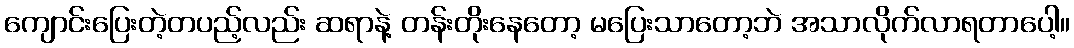
ကျောင်းပြေးတဲ့တပည့်လည်း ဆရာနဲ့ တန်းတိုးနေတော့ မပြေးသာတော့ဘဲ အသာလိုက်လာရတာပေါ့။